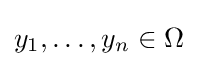
y_{1},\ldots ,y_{n}\in \Omega